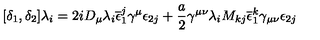
[ \delta _ { 1 } , \delta _ { 2 } ] \lambda _ { i } = 2 i D _ { \mu } \lambda _ { i } \overline { { \epsilon } } _ { 1 } ^ { j } \gamma ^ { \mu } \epsilon _ { 2 j } + \frac { a } { 2 } \gamma ^ { \mu \nu } \lambda _ { i } M _ { k j } \overline { { \epsilon } } _ { 1 } ^ { k } \gamma _ { \mu \nu } \epsilon _ { 2 j }